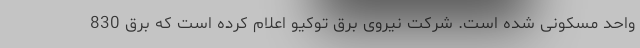
واحد مسکونی شده است. شرکت نیروی برق توکیو اعلام کرده است که برق 830